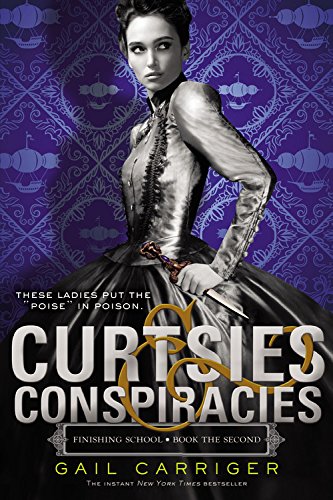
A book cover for Curtsies & Conspiracies (Finishing School); Gail Carriger; Teen & Young Adult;